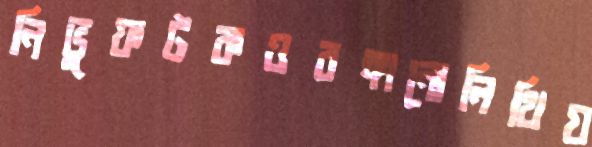
নিভুফটকওরঙ্গানোলিথিয়